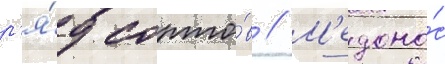
р'я́д сорто́в // М'едоно́с